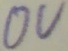
Text: 0V